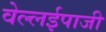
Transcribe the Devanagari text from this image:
वेल्लईपाजी